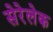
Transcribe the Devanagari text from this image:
सेरेलेक